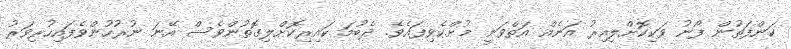
ކަންފަތުން ފޯނު ވަކިކޮށްލިއިރު އަނެއް އަތްވަނީ މުށްކެވިފައެވެ. ދެބުމަ ކައިރިކޮށްލިގޮތުންވެސް އޭނަ ނުރުހުންވެފައިހުރިވަރު